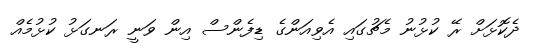
ދެކޮޅަށް ރޭ ކުޅުނު މެޗުގައި އެވިއަންގެ ޑިފެންސް އިން ވަނީ ރަނގަޅު ކުޅުމެއް